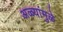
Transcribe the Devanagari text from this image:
अळ्यांमुळे